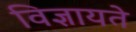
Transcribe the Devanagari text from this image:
विज्ञायते